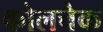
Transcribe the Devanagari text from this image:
कोलचेक